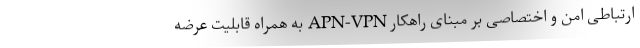
ارتباطی امن و اختصاصی بر مبنای راهکار APN-VPN به همراه قابلیت عرضه